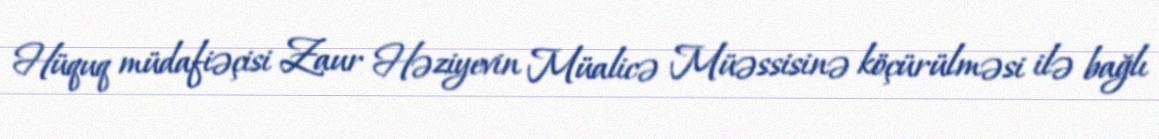
Hüquq müdafiəçisi Zaur Həziyevin Müalicə Müəssisinə köçürülməsi ilə bağlı